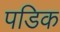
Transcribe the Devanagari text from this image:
पडिक